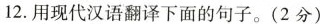
12.用现代汉语翻译下面的句子。(2分)